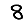
Digit: 8